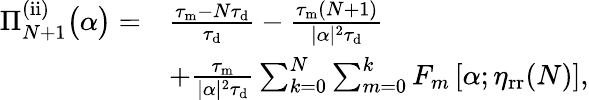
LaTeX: \begin{array}{rl}{\Pi_{N+1}^{\mathrm{(ii)}}\big(\alpha\big)=}&{\frac{\tau_{\mathrm{m}}-N\tau_{\mathrm{d}}}{\tau_{\mathrm{d}}}-\frac{\tau_{\mathrm{m}}(N+1)}{|\alpha|^{2}\tau_{\mathrm{d}}}}\\ &{+\frac{\tau_{\mathrm{m}}}{|\alpha|^{2}\tau_{\mathrm{d}}}\sum_{k=0}^{N}\sum_{m=0}^{k}F_{m}\left[\alpha;\eta_{\mathrm{rr}}(N)\right],}\end{array}